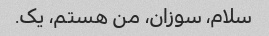
سلام، سوزان، من هستم، یک.